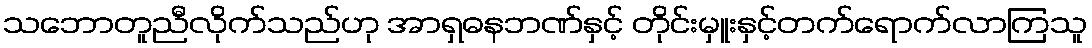
သဘောတူညီလိုက်သည်ဟု အာရှဓနဘဏ်နှင့် တိုင်းမှူးနှင့်တက်ရောက်လာကြသူ